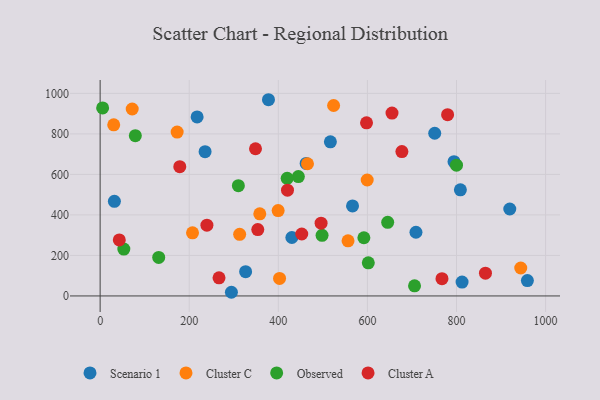
{"axis": {"x": "Engine Size", "y": "Fuel Efficiency"}, "legend": ["Cluster A", "Cluster C", "Observed", "Scenario 1"], "data": [{"x": "32.0", "y": 467.1, "type": "Scenario 1"}, {"x": "919.6", "y": 429.2, "type": "Scenario 1"}, {"x": "516.9", "y": 760.8, "type": "Scenario 1"}, {"x": "462.5", "y": 654.3, "type": "Scenario 1"}, {"x": "217.7", "y": 883.6, "type": "Scenario 1"}, {"x": "235.6", "y": 712.1, "type": "Scenario 1"}, {"x": "812.5", "y": 68.5, "type": "Scenario 1"}, {"x": "808.7", "y": 523.9, "type": "Scenario 1"}, {"x": "294.7", "y": 18.1, "type": "Scenario 1"}, {"x": "709.0", "y": 314.5, "type": "Scenario 1"}, {"x": "377.9", "y": 968.7, "type": "Scenario 1"}, {"x": "751.1", "y": 803.2, "type": "Scenario 1"}, {"x": "794.4", "y": 662.9, "type": "Scenario 1"}, {"x": "566.6", "y": 444.4, "type": "Scenario 1"}, {"x": "326.6", "y": 119.7, "type": "Scenario 1"}, {"x": "430.4", "y": 288.6, "type": "Scenario 1"}, {"x": "959.1", "y": 75.8, "type": "Scenario 1"}, {"x": "172.9", "y": 809.0, "type": "Cluster C"}, {"x": "72.0", "y": 922.9, "type": "Cluster C"}, {"x": "358.4", "y": 405.3, "type": "Cluster C"}, {"x": "599.5", "y": 572.3, "type": "Cluster C"}, {"x": "524.1", "y": 940.3, "type": "Cluster C"}, {"x": "30.5", "y": 844.9, "type": "Cluster C"}, {"x": "465.5", "y": 652.6, "type": "Cluster C"}, {"x": "313.2", "y": 304.4, "type": "Cluster C"}, {"x": "207.4", "y": 311.7, "type": "Cluster C"}, {"x": "944.2", "y": 138.0, "type": "Cluster C"}, {"x": "402.8", "y": 86.6, "type": "Cluster C"}, {"x": "399.6", "y": 421.5, "type": "Cluster C"}, {"x": "556.5", "y": 272.1, "type": "Cluster C"}, {"x": "53.2", "y": 231.5, "type": "Observed"}, {"x": "79.0", "y": 791.4, "type": "Observed"}, {"x": "131.5", "y": 190.3, "type": "Observed"}, {"x": "592.1", "y": 287.2, "type": "Observed"}, {"x": "445.0", "y": 589.5, "type": "Observed"}, {"x": "5.6", "y": 928.2, "type": "Observed"}, {"x": "705.8", "y": 49.9, "type": "Observed"}, {"x": "800.0", "y": 645.8, "type": "Observed"}, {"x": "310.3", "y": 544.5, "type": "Observed"}, {"x": "498.2", "y": 299.3, "type": "Observed"}, {"x": "645.5", "y": 363.5, "type": "Observed"}, {"x": "419.9", "y": 580.9, "type": "Observed"}, {"x": "602.0", "y": 163.4, "type": "Observed"}, {"x": "178.8", "y": 638.0, "type": "Cluster A"}, {"x": "865.0", "y": 112.6, "type": "Cluster A"}, {"x": "598.0", "y": 854.8, "type": "Cluster A"}, {"x": "420.6", "y": 522.1, "type": "Cluster A"}, {"x": "677.4", "y": 712.6, "type": "Cluster A"}, {"x": "348.8", "y": 726.6, "type": "Cluster A"}, {"x": "496.0", "y": 359.2, "type": "Cluster A"}, {"x": "266.9", "y": 89.6, "type": "Cluster A"}, {"x": "43.0", "y": 276.7, "type": "Cluster A"}, {"x": "655.2", "y": 902.9, "type": "Cluster A"}, {"x": "780.0", "y": 895.0, "type": "Cluster A"}, {"x": "239.7", "y": 349.2, "type": "Cluster A"}, {"x": "353.9", "y": 327.6, "type": "Cluster A"}, {"x": "767.4", "y": 85.3, "type": "Cluster A"}, {"x": "452.6", "y": 305.8, "type": "Cluster A"}]}